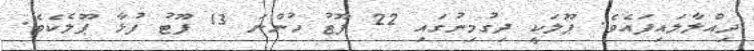
ދިއްލާލައިފައެވެ. ޕޫލަކީ ދިގުމިނުގައި 22 ފޫޓު ހުންނަ 13 ފޫޓު ފުޅާ ޕޫލެކެވެ.